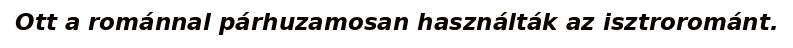
Ott a románnal párhuzamosan használták az isztrorománt.